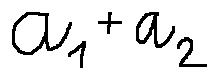
a _ { 1 } + a _ { 2 }